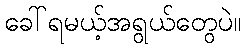
ခေါ်ရမယ့်အရွယ်တွေပဲ။